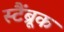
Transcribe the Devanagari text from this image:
स्टैंब्रूक